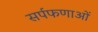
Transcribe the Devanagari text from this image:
सर्पफणाओं